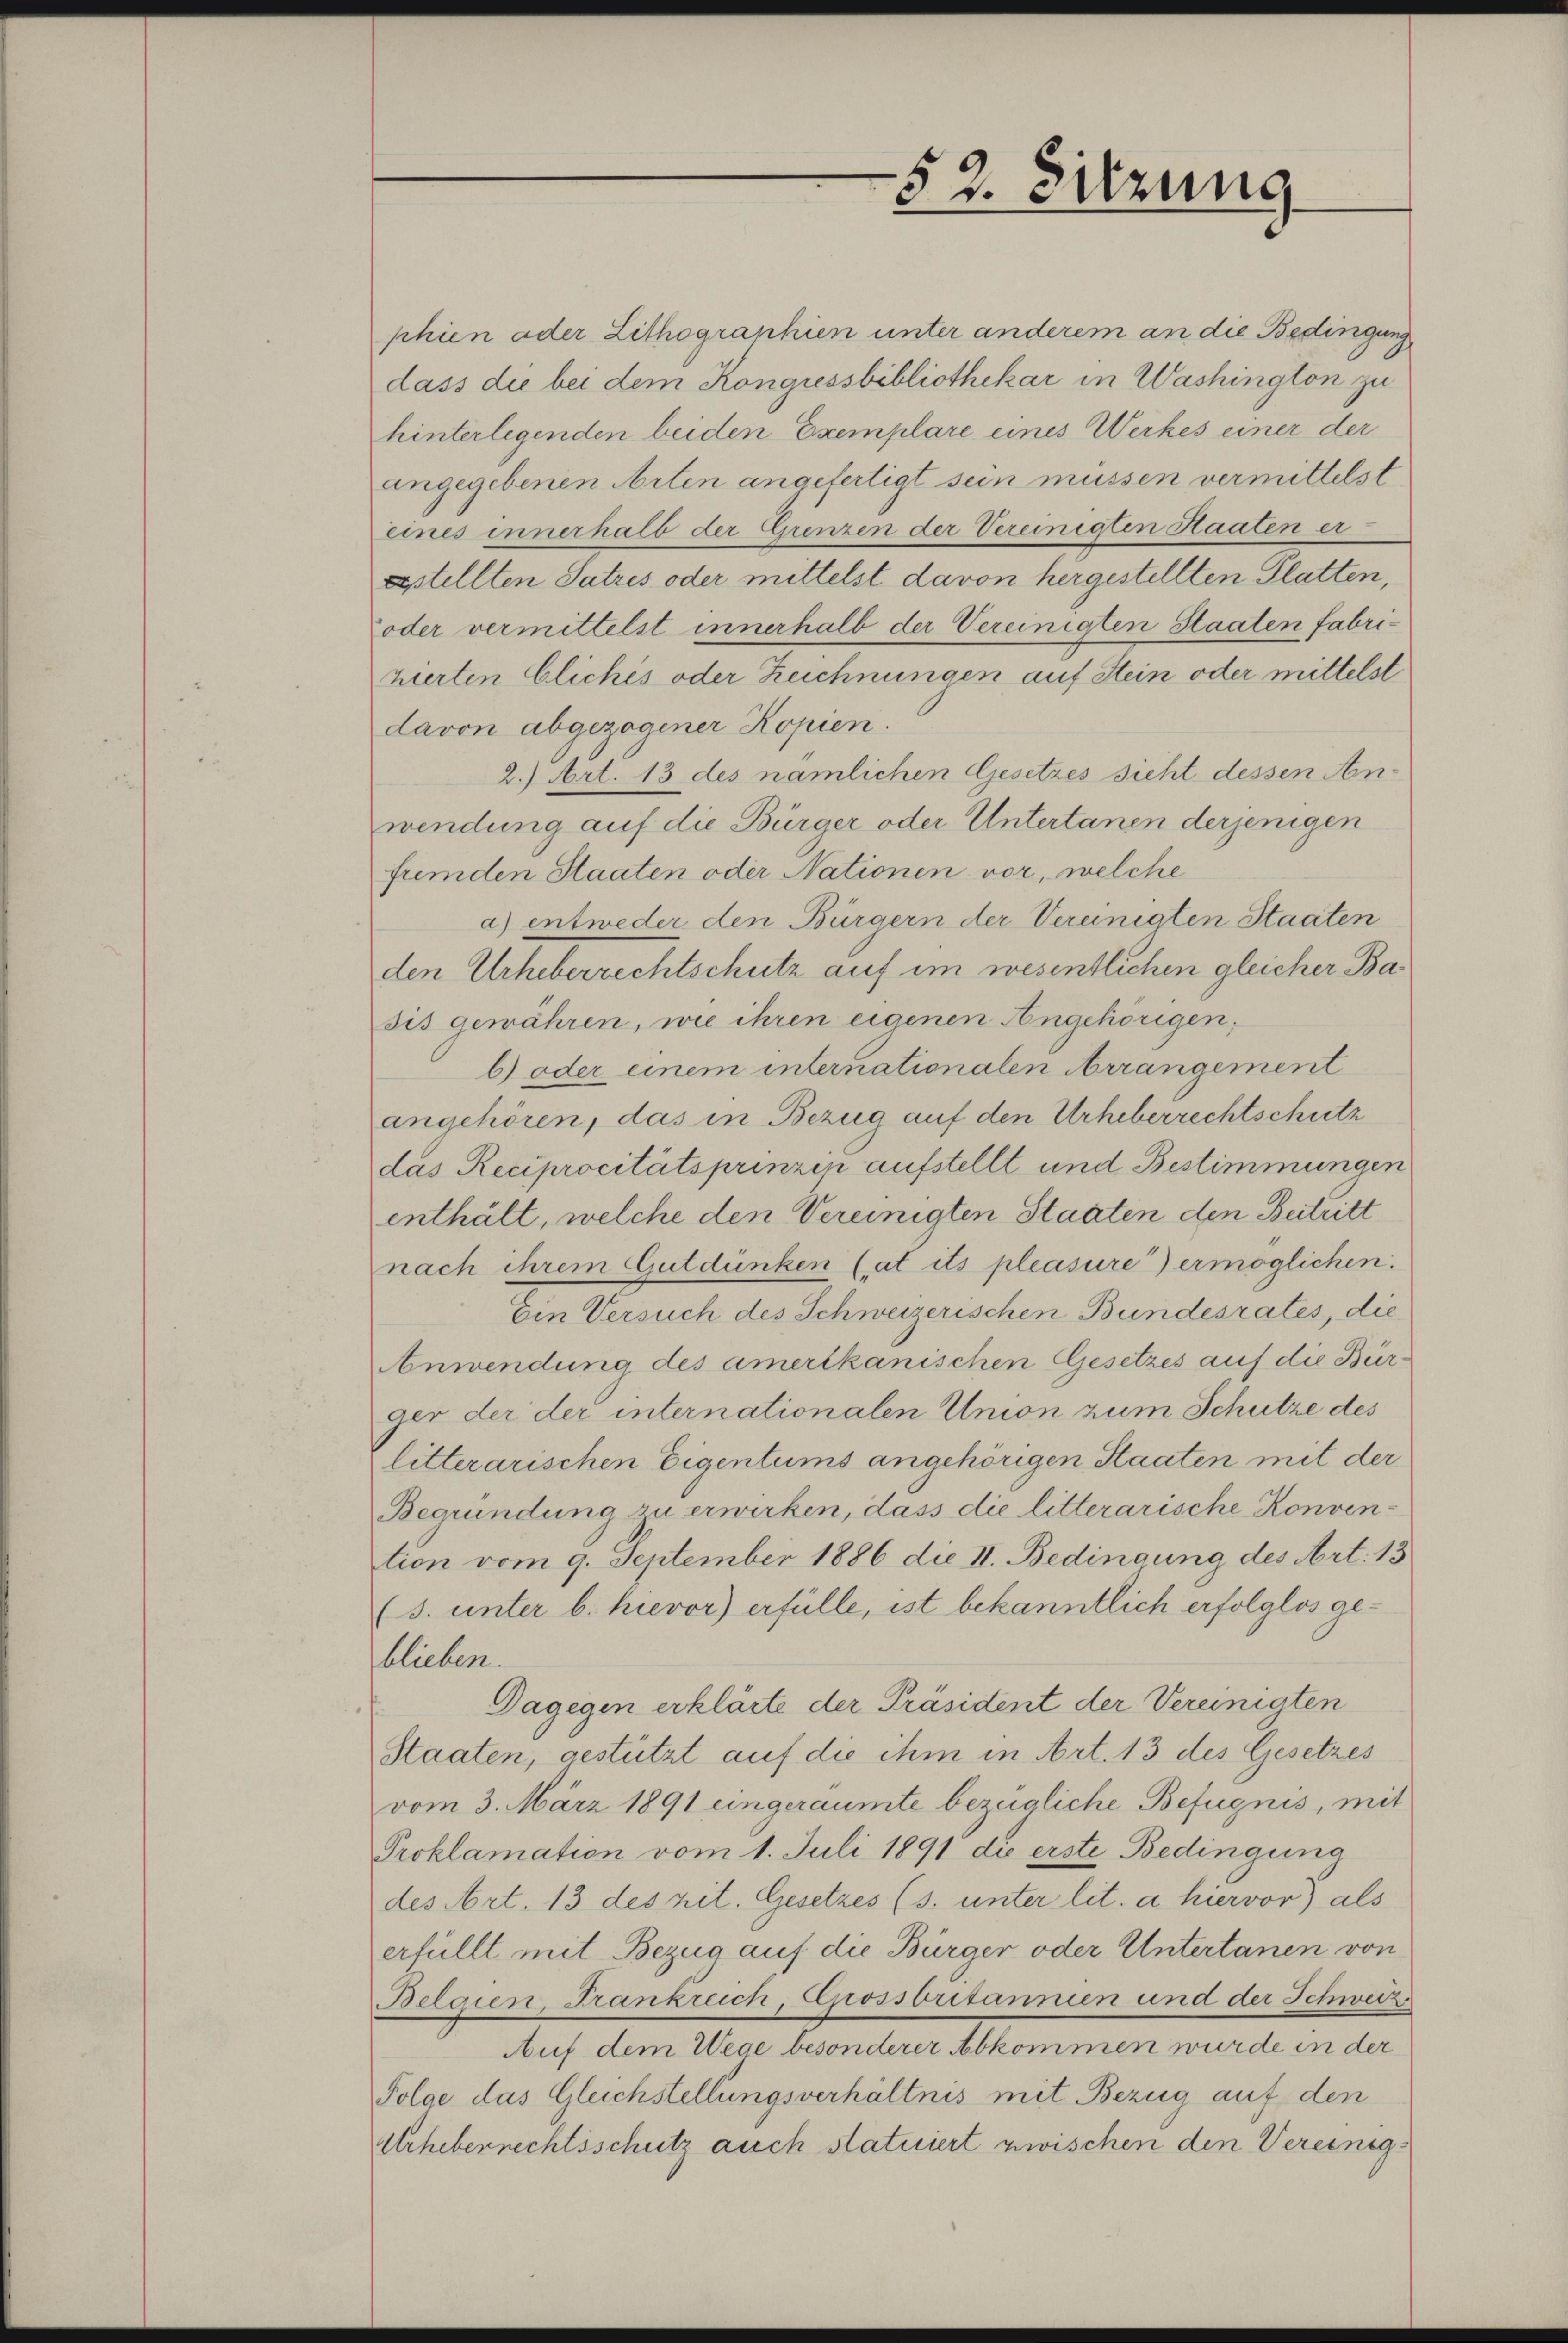
phien oder Lithogranhien unter anderem an die Bedingung
dass die bei dem Kongressbibliothekar in Washington zu
hinterlegenden beiden Exemplare eines Werkes einer der
angegebenen Arten angefertigt sein müssen vermittelst
eines innerhalb der Grenzen der Vereinigten Staaten er¬
Eptellten Satzes oder mittelst davon hergestellten Platten,
oder vermittelst innerhalb der Vereinigten Staaten fabrizierten bliches oder Zeichnungen auf Stein oder mittelst
davon abgezogener Kopien.
2.) Art. 13 des nämlichen Gesetzes sicht dessen Anwendung auf die Bürger oder Untertanen derjenigen
fremden Staaten oder Nationen vor, welche
a) entweder den Bürgern der Vereinigten Staaten
den Urheberrechtschutz auf im wesentlichen gleicher Ba
sis gewähren, wie ihren eigenen Angehörigen,
b) oder einem internationalen Arrangement
angehören, das in Bezug auf den Urheberrechtschutz
das Reciprocitätsprinzen aufstellt und Bestimmungen
enthält, welche den Vereinigten Staaten den Beitritt
nach ihrem Gutdünken (at its pleasure) ermöglichen.
Ein Versuch des Schweizerischen Bundesrates, die
Anwendung des amerikanischen Gesetzes auf die Bürger der der internationalen Union zum Schutze des
litterarischen Eigentums angehörigen Staaten mit der
Begründung zu erwirken, dass die litterarische Konven
tion vom 9. September 1886 die II. Bedingung des Art. 13
(s. unter b. hievor) erfülle, ist bekanntlich erfolglos geblieben.
Dagegen erklärte der Präsident der Vereinigten
Staaten, gestützt auf die ihm in Art. 13 des Gesetzes
vom 3. März 1891 eingeraumte bezügliche Befugnis, mit
Proklamation vom 1. Juli 1891 die erste Bedingung
des Art. 13 des zit. Gesetzes (s. unter lit. a hiervor) als
erfüllt mit Bezug auf die Bürger oder Untertanen von
Belgien, Frankreich, Grossbritannien und der Schweiz
Auf dem Wege besonderer Abkommen wurde in der
Folge das Gleichstellungsverhältnis mit Bezug auf den
Urheberrechtsschutz auch statuiert zwischen den Vereinig¬

52. Sitzung